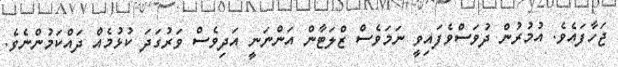
ޖަހާފައެވެ. އުމުރުން ދުވަސްވެފައިވީ ނަމަވެސް ޒްލަޓާން އަންނަނީ އަދިވެސް ވަރުގަދަ ކުޅުމެއް ދައްކަމުންނެވެ.